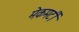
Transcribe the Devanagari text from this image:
मेकमर्टी